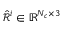
\hat { \mathcal { R } } ^ { i } \in \mathbb { R } ^ { N _ { c } \times 3 }